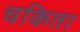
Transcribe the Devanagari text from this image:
चकिता